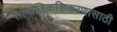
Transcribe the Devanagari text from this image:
सामाजिककिकरणासाठी